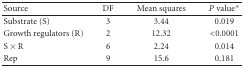
| Source | DF | Mean squares | P value* |
 | --- | --- | --- | --- |
 | Substrate (S) | 3 | 3.44 | 0.019 |
 | Growth regulators (R) | 2 | 12.32 | <0.0001 |
 | S × R | 6 | 2.24 | 0.014 |
 | Rep | 9 | 15.6 | 0.181 |